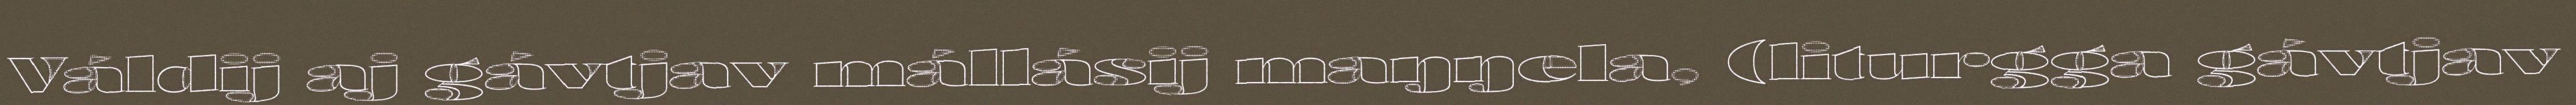
Váldij aj gávtjav mállásij maŋŋela, (liturgga gávtjav